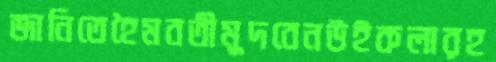
জানিতেহৈমবতীমুদবেনউইকলারহ